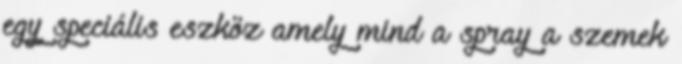
egy speciális eszköz amely mind a spray a szemek